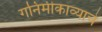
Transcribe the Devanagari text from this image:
गनिमीकाव्याचे